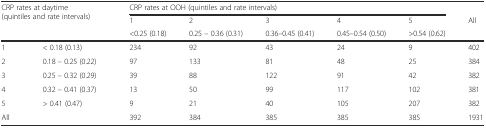
| <ROWSPAN=3-COLSPAN=2> CRP rates at daytime (quintiles and rate intervals) | <COLSPAN=5> CRP rates at OOH (quintiles and rate intervals) |  |
 | 1 | 2 | 3 | 4 | 5 | All |
 | <0.25 (0.18) | 0.25 – 0.36 (0.31) | 0.36–0.45 (0.41) | 0.45–0.54 (0.50) | >0.54 (0.62) |  |
 | --- | --- | --- | --- | --- | --- | --- | --- |
 | 1 | < 0.18 (0.13) | 234 | 92 | 43 | 24 | 9 | 402 |
 | 2 | 0.18 – 0.25 (0.22) | 97 | 133 | 81 | 48 | 25 | 384 |
 | 3 | 0.25 – 0.32 (0.29) | 39 | 88 | 122 | 91 | 42 | 382 |
 | 4 | 0.32 – 0.41 (0.37) | 13 | 50 | 99 | 117 | 102 | 381 |
 | 5 | > 0.41 (0.47) | 9 | 21 | 40 | 105 | 207 | 382 |
 | All |  | 392 | 384 | 385 | 385 | 385 | 1931 |